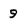
Character: 9